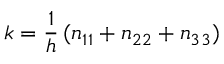
\v { k } = \frac { 1 } { h } \, ( n _ { 1 } \v { e } _ { 1 } + n _ { 2 } \v { e } _ { 2 } + n _ { 3 } \v { e } _ { 3 } )